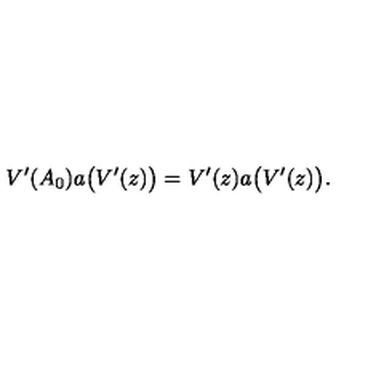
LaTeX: V ^ { \prime } ( A _ { 0 } ) a \bigl ( V ^ { \prime } ( z ) \bigr ) = V ^ { \prime } ( z ) a \bigl ( V ^ { \prime } ( z ) \bigr ) .